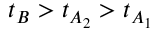
t _ { B } > t _ { A _ { 2 } } > t _ { A _ { 1 } }